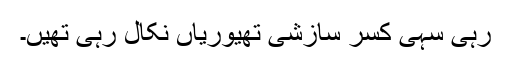
رہی سہی کسر سازشی تھیوریاں نکال رہی تھیں۔